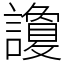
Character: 讂